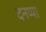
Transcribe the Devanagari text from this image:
दनप्पा